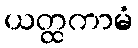
ယတ္ထကာမံ